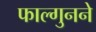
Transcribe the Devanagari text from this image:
फाल्गुनने